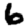
Digit: 6